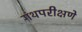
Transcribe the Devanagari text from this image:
गंथपरीक्षणे